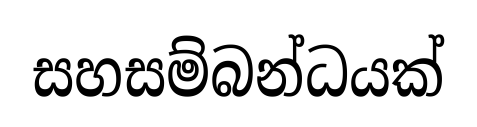
සහසම්බන්ධයක්